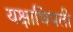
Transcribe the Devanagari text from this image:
यक्षाधिपती